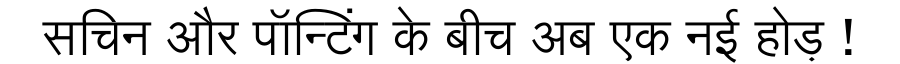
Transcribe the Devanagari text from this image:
सचिन और पॉन्टिंग के बीच अब एक नई होड़ !